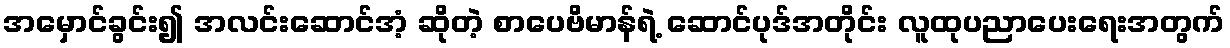
အမှောင်ခွင်း၍ အလင်းဆောင်အံ့ ဆိုတဲ့ စာပေဗိမာန်ရဲ့ ဆောင်ပုဒ်အတိုင်း လူထုပညာပေးရေးအတွက်